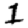
Digit: 1